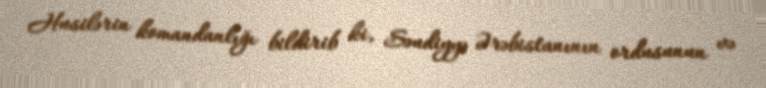
Husilərin komandanlığı bildirib ki, Səudiyyə Ərəbistanının ordusunun və